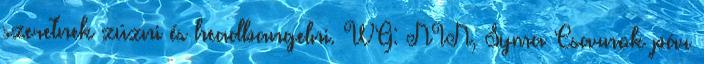
szeretnek zúzni és headbangelni. WG: NIN, Syma Csarnok pár